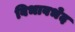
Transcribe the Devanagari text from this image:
विभावभेद